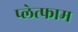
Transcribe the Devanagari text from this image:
प्लेत्फाम